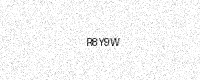
Text: R8Y9W